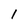
Character: 1